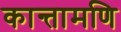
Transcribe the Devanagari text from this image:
कान्तामणि